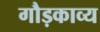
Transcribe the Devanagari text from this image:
गौड़काव्य